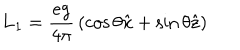
{ \bf L } _ { 1 } = { \frac { e g } { 4 \pi } } \left( \cos \theta { \hat { \bf x } } + \sin \theta { \hat { \bf z } } \right)